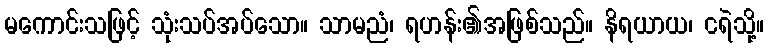
မကောင်းသဖြင့် သုံးသပ်အပ်သော။ သာမညံ၊ ရဟန်း၏အဖြစ်သည်။ နိရယာယ၊ ငရဲသို့။